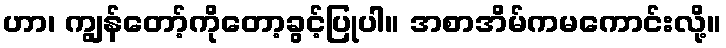
ဟာ၊ ကျွန်တော့်ကိုတော့ခွင့်ပြုပါ။ အစာအိမ်ကမကောင်းလို့။